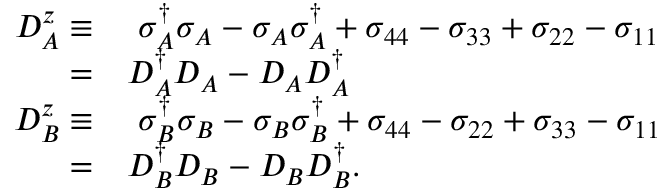
\begin{array} { r l } { D _ { A } ^ { z } \equiv } & { ~ \sigma _ { A } ^ { \dagger } \sigma _ { A } - \sigma _ { A } \sigma _ { A } ^ { \dagger } + \sigma _ { 4 4 } - \sigma _ { 3 3 } + \sigma _ { 2 2 } - \sigma _ { 1 1 } } \\ { = } & { D _ { A } ^ { \dagger } D _ { A } - D _ { A } D _ { A } ^ { \dagger } } \\ { D _ { B } ^ { z } \equiv } & { ~ \sigma _ { B } ^ { \dagger } \sigma _ { B } - \sigma _ { B } \sigma _ { B } ^ { \dagger } + \sigma _ { 4 4 } - \sigma _ { 2 2 } + \sigma _ { 3 3 } - \sigma _ { 1 1 } } \\ { = } & { D _ { B } ^ { \dagger } D _ { B } - D _ { B } D _ { B } ^ { \dagger } . } \end{array}